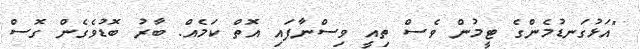
"އަޅުގަނޑުމެންގެ ޓީމުން ވެސް ތިއީ ވިސްނާފައި އޮތް ކަމެއް. ބާރު ބޮޑުވެގެން ގޮސް